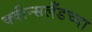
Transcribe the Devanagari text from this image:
क्वीन्सलँडच्या